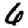
Digit: 6